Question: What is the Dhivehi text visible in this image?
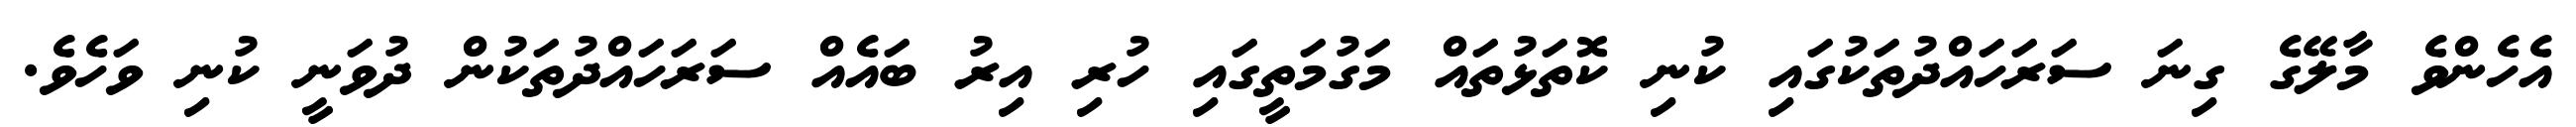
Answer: އެހެންވެ މާލޭގެ ގިނަ ސަރަހައްދުތަކުގައި ކުނި ކޮތަޅުތައް މަގުމަތީގައި ހުރި އިރު ބައެއް ސަރަހައްދުތަކުން ދުވަނީ ކުނި ވަހެވެ.